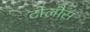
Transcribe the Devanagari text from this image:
टोलौस